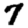
Digit: 7